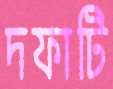
দফাটি